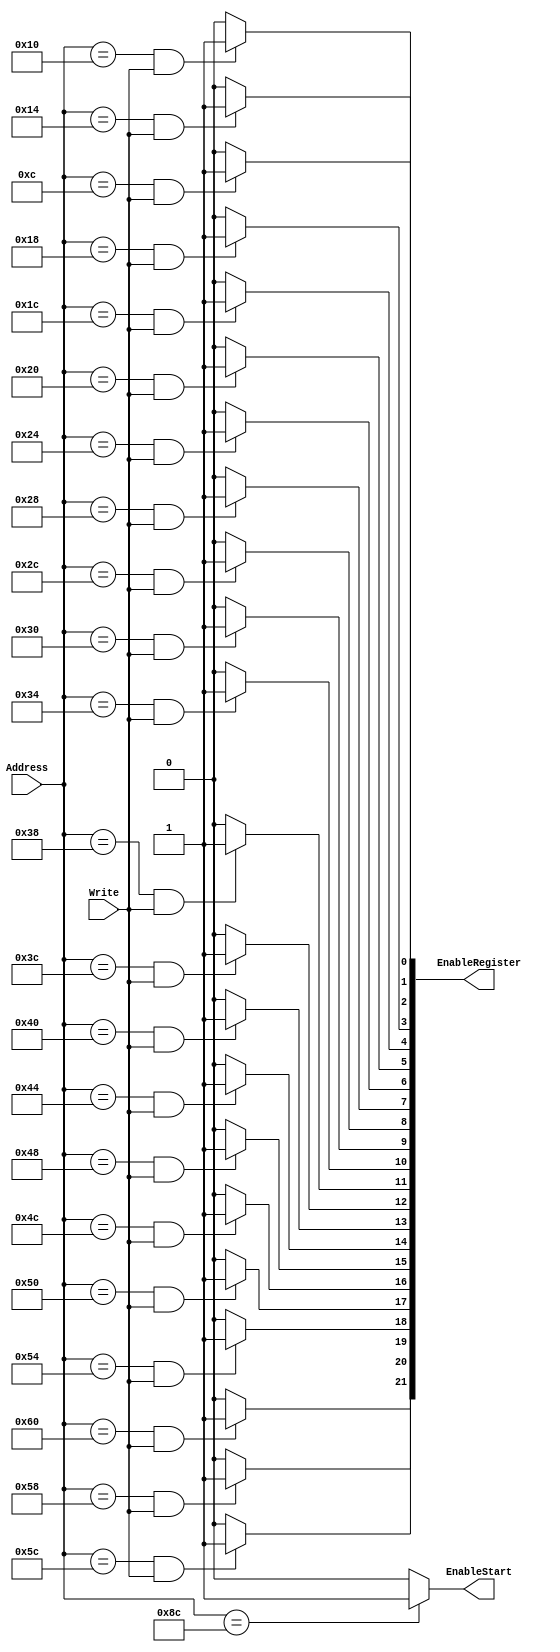
module DecoEscrituraRegistros(Address,Write,EnableStart,EnableRegister
 );
 input Write;
 input [8:0] Address;
 output    [21:0] EnableRegister ;
 output  EnableStart;
	assign EnableStart = (Address==9'h08C) ? 1'b1 : 1'b0 ;
	assign EnableRegister[0] = (Address==9'h00C)&Write ? 1'b1 : 1'b0 ;  
	assign EnableRegister[1] = (Address==9'h010)&Write ? 1'b1 : 1'b0 ;  
	assign EnableRegister[2] = (Address==9'h014)&Write ? 1'b1 : 1'b0 ;  
	assign EnableRegister[3] = (Address==9'h018)&Write ? 1'b1 : 1'b0 ;  
	assign EnableRegister[4] = (Address==9'h01C)&Write ? 1'b1 : 1'b0 ;  
	assign EnableRegister[5] = (Address==9'h020)&Write ? 1'b1 : 1'b0 ;  
	assign EnableRegister[6] = (Address==9'h024)&Write ? 1'b1 : 1'b0 ;  
	assign EnableRegister[7] = (Address==9'h028)&Write ? 1'b1 : 1'b0 ;  
	assign EnableRegister[8] = (Address==9'h02C)&Write ? 1'b1 : 1'b0 ;  
	assign EnableRegister[9] = (Address==9'h030)&Write ? 1'b1 : 1'b0 ;  
	assign EnableRegister[10] = (Address==9'h034)&Write ? 1'b1 : 1'b0;  
	assign EnableRegister[11] = (Address==9'h038)&Write ? 1'b1 : 1'b0;  
	assign EnableRegister[12] = (Address==9'h03C)&Write ? 1'b1 : 1'b0;  
	assign EnableRegister[13] = (Address==9'h040)&Write ? 1'b1 : 1'b0;  
	assign EnableRegister[14] = (Address==9'h044)&Write ? 1'b1 : 1'b0;  
	assign EnableRegister[15] = (Address==9'h048)&Write ? 1'b1 : 1'b0;  
	assign EnableRegister[16] = (Address==9'h04C)&Write ? 1'b1 : 1'b0;  
	assign EnableRegister[17] = (Address==9'h050)&Write ? 1'b1 : 1'b0;  
	assign EnableRegister[18] = (Address==9'h054)&Write ? 1'b1 : 1'b0;  
	assign EnableRegister[19] = (Address==9'h058)&Write ? 1'b1 : 1'b0;  
	assign EnableRegister[20] = (Address==9'h05C)&Write ? 1'b1 : 1'b0; 
	assign EnableRegister[21] = (Address==9'h060)&Write ? 1'b1 : 1'b0; 
endmodule